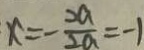
x = - \frac { 2 a } { 2 a } = - 1